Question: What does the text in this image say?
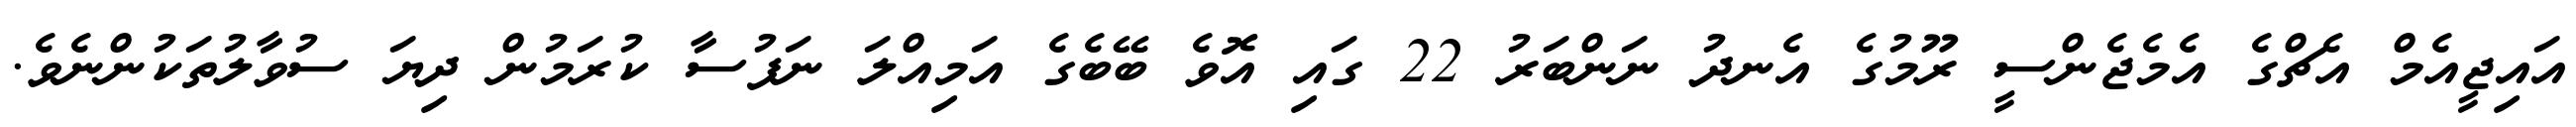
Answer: އައިޖީއެމް އެޗްގެ އެމެޖެންސީ ރޫމުގެ އެނދު ނަންބަރު 22 ގައި އޮވެ ބޭބެގެ އަމިއްލަ ނަފުސާ ކުރަމުން ދިޔަ ސުވާލުތަކުންނެވެ.